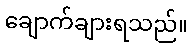
ချောက်ချားရသည်။